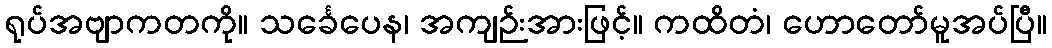
ရုပ်အဗျာကတကို။ သင်္ခေပေန၊ အကျဉ်းအားဖြင့်။ ကထိတံ၊ ဟောတော်မူအပ်ပြီ။